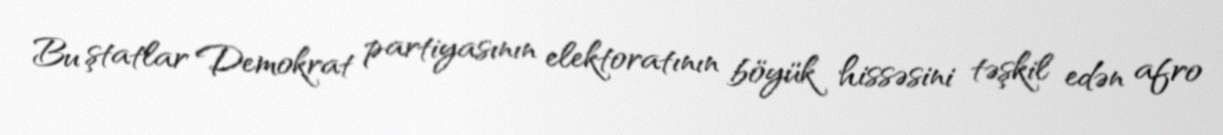
Bu ştatlar Demokrat partiyasının elektoratının böyük hissəsini təşkil edən afro